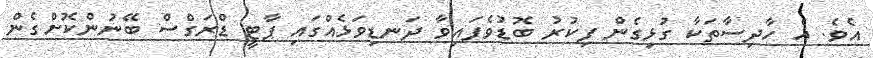
އެވެ. އެ ހާދިސާތަކާ ގުޅިގެން ފިކުރު ބޮޑުވެފައިވާ ދަނޑިވަޅެއްގައި ޕާޓީ ޑްރަގްސް ބޭނުންކޮށްގެން